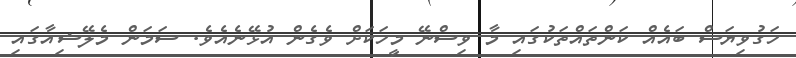
ހަގުވިޔަސް ބައެއް ކަންތައްތަކުގައި މާ ވިސްނޭ މީހަކަށް ވެގެން އުޅޭނެއެވެ. ސަމަން މެލޭޝިއާގައި